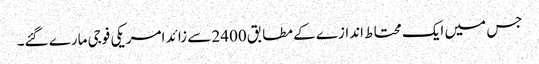
جس میں ایک محتا ط اندازے کے مطابق 2400 سے زائد امریکی فوجی مارے گئے۔